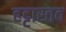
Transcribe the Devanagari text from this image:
हट्टास्तव